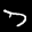
Label: 7